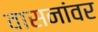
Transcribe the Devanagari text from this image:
वासनांवर